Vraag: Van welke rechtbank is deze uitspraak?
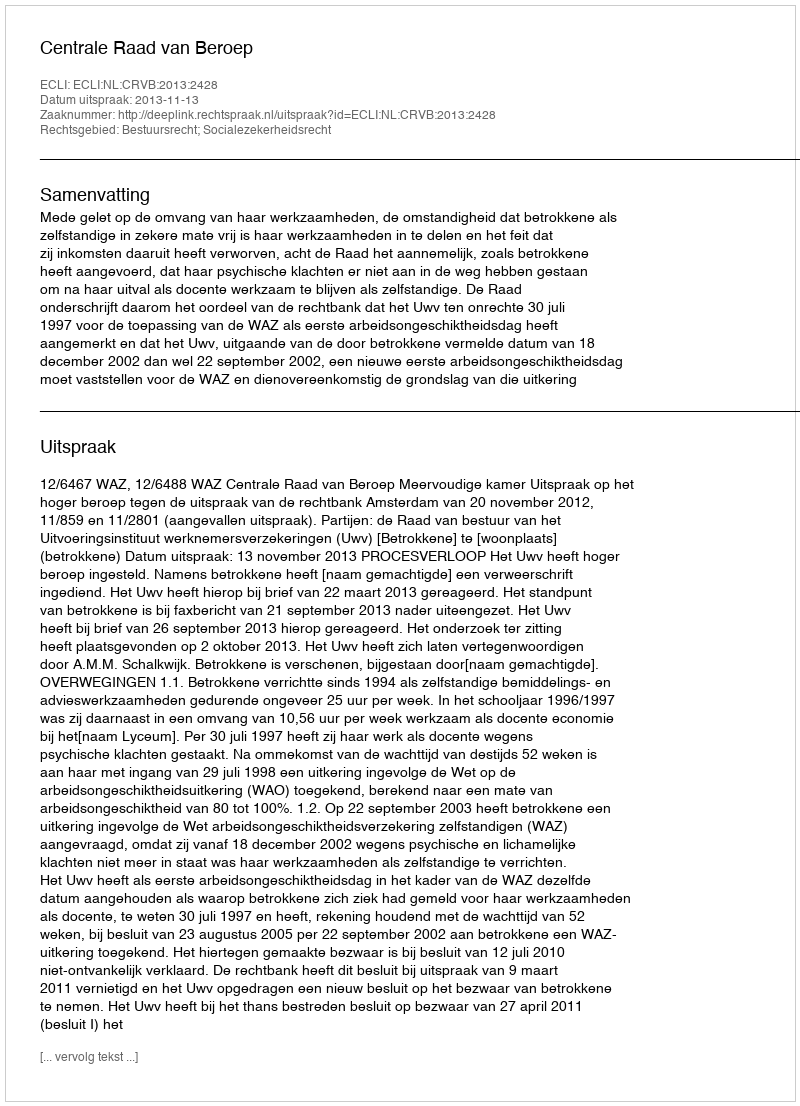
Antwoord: Centrale Raad van Beroep